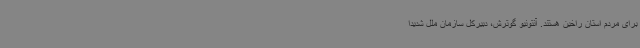
برای مردم استان راخین هستند. آنتونیو گوترش، دبیرکل سازمان ملل شدیدا